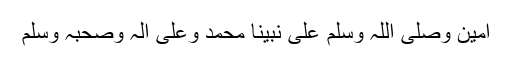
آمین وصلی اللہ وسلم علی نبینا محمد وعلی آلہ وصحبہ وسلم